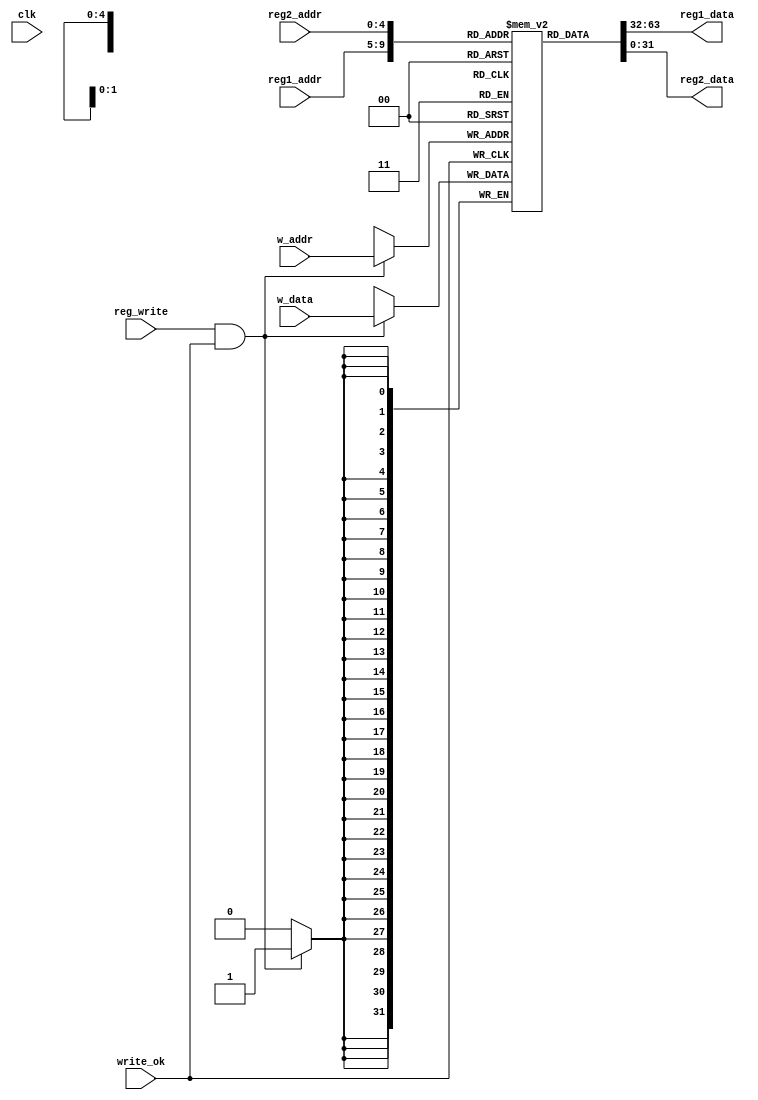
`timescale 1ns / 1ps
//////////////////////////////////////////////////////////////////////////////////
// Company: 
// Engineer: 
// 
// Design Name: 
// Module Name: register_file
// Project Name: 
// Target Devices: 
// Tool Versions: 
// Description: 
// 
// Dependencies: 
// 
// Revision:
// Revision 0.01 - File Created
// Additional Comments:
// 
//////////////////////////////////////////////////////////////////////////////////


module register_file(
    input   wire        clk,
    input   wire        reg_write,
    input   wire[4:0]   reg1_addr,
    input   wire[4:0]   reg2_addr,
    
    input   wire[4:0]   w_addr,
    input   wire[31:0]  w_data,
    input   wire        write_ok,
    
    output  wire[31:0]  reg1_data,
    output  wire[31:0]  reg2_data
    );
    reg[31:0] gpr[31:0];
    
    assign reg1_data = gpr[reg1_addr];
    assign reg2_data = gpr[reg2_addr];
    
    always @(posedge write_ok) begin
        if (reg_write && write_ok) begin
            gpr[w_addr] <= w_data;
        end
    end
endmodule